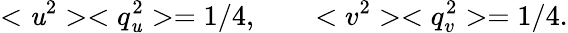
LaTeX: <\mathit{u}^{2}><q_{\mathit{u}}^{2}>=1/4,\qquad<v^{2}><q_{v}^{2}>=1/4.